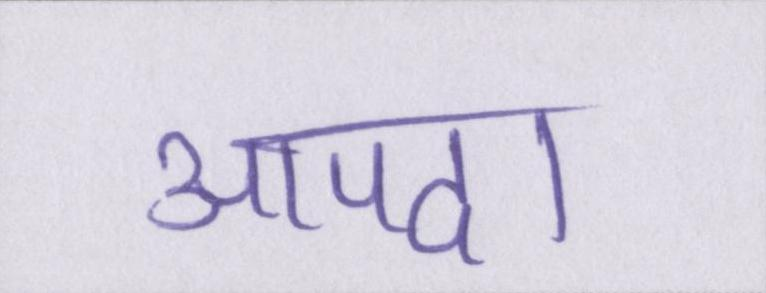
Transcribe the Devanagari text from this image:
आपदा